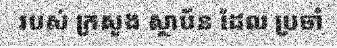
របស់ ក្រសួង ស្ថាប័ន ដែល ប្រចាំ